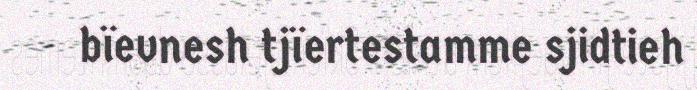
bïevnesh tjïertestamme sjidtieh